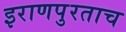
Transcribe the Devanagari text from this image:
इराणपुरताच